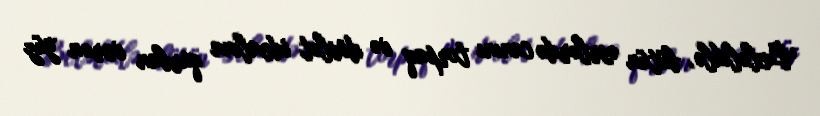
Beləliklə, bütün əsrlərdə canını torpaq və dövlət idealına qurban verən yüz